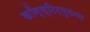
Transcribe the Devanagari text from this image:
कॉन्स्टिट्युशनल